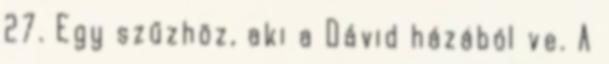
27. Egy szűzhöz, aki a Dávid házából ve. A